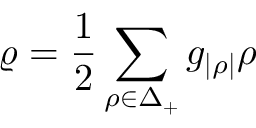
\varrho = { \frac { 1 } { 2 } } \sum _ { \rho \in \Delta _ { + } } g _ { | \rho | } \rho